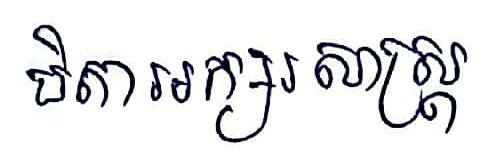
បិតាអក្សរសាស្ដ្រ